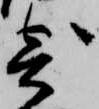
寄